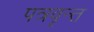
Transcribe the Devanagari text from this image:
पत्रवृन्त